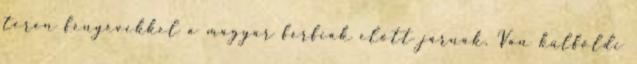
terén fényévekkel a magyar férfiak előtt járnak. Van külföldi